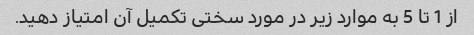
از 1 تا 5 به موارد زیر در مورد سختی تکمیل آن امتیاز دهید.